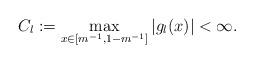
LaTeX: \begin{align*}C_l := \max\limits_{x \in [m^{-1}, 1 - m^{-1}]}|g_l(x)| < \infty.\end{align*}